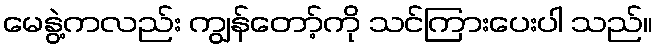
မေနွဲ့ကလည်း ကျွန်တော့်ကို သင်ကြားပေးပါ သည်။